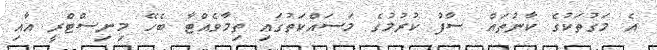
އެ މަގުތަކުގެ ކާނުތައް ސާފު ކުރުމުގެ މަސައްކަތުގައި ތިމާވެއްޓާ ބެހޭ މިނިސްޓްރީ އާއި